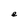
Character: e